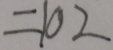
= 1 0 2